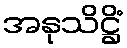
အနုသိဋ္ဌိံ